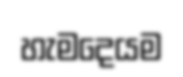
හැමදෙයම